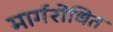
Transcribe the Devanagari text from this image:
मार्गरोधित